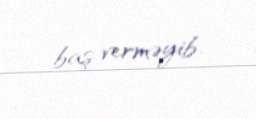
baş verməyib.